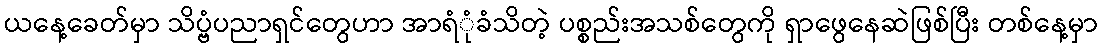
ယနေ့ခေတ်မှာ သိပ္ဗံပညာရှင်တွေဟာ အာရံုံခံသိတဲ့ ပစ္စည်းအသစ်တွေကို ရှာဖွေနေဆဲဖြစ်ပြီး တစ်နေ့မှာ